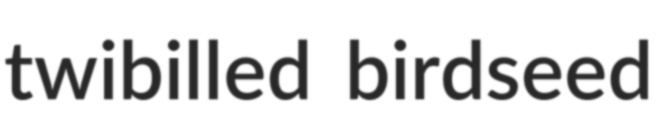
twibilled birdseed